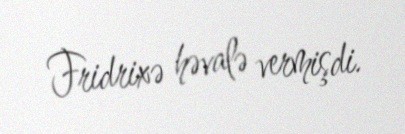
Fridrixə həvalə vermişdi.